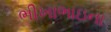
ભીખાભાઇના